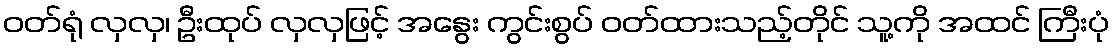
ဝတ်ရုံ လှလှ၊ ဦးထုပ် လှလှဖြင့် အနွေး ကွင်းစွပ် ဝတ်ထားသည့်တိုင် သူ့ကို အထင် ကြီးပုံ